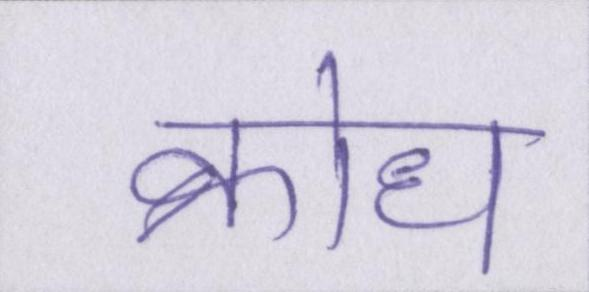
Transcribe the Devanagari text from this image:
क्रोध